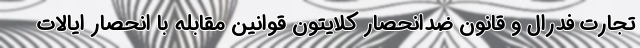
تجارت فدرال و قانون ضدانحصار کلایتون قوانین مقابله با انحصار ایالات